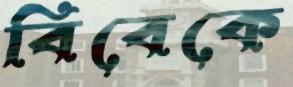
বিবেকে